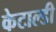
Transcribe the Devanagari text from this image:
केटाल्डी